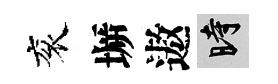
衮󶱲遨时